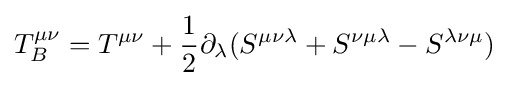
T_{B}^{\mu \nu }=T^{\mu \nu }+{\frac {1}{2}}\partial _{\lambda }(S^{\mu \nu \lambda }+S^{\nu \mu \lambda }-S^{\lambda \nu \mu })